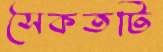
সৈকতটি